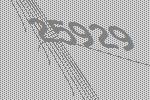
25929